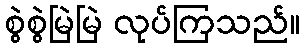
စွဲစွဲမြဲမြဲ လုပ်ကြသည်။